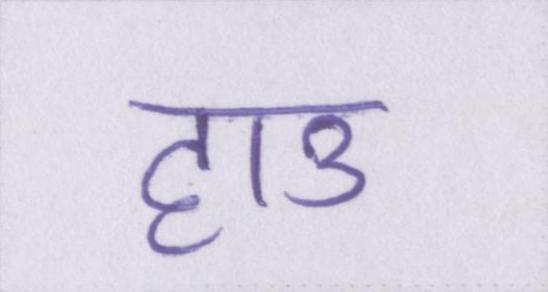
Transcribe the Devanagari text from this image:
हाउ